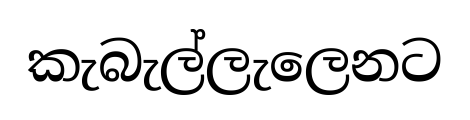
කැබැල්ලැලෙනට